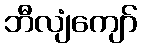
ဘီလျံကျော်